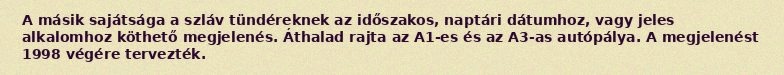
A másik sajátsága a szláv tündéreknek az időszakos, naptári dátumhoz, vagy jeles alkalomhoz köthető megjelenés. Áthalad rajta az A1-es és az A3-as autópálya. A megjelenést 1998 végére tervezték.